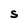
Character: S